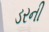
ડરની